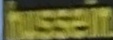
hussein